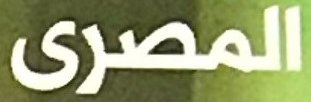
المصرى